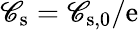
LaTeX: \mathscr{C}_{\mathrm{{s}}}=\mathscr{C}_{\mathrm{{s}},0}/\mathrm{{e}}